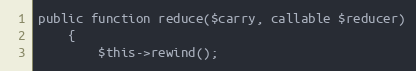
Language: PHP
public function reduce($carry, callable $reducer)
    {
        $this->rewind();